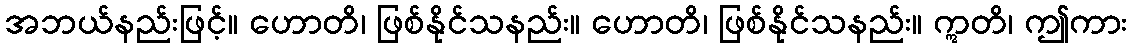
အဘယ်နည်းဖြင့်။ ဟောတိ၊ ဖြစ်နိုင်သနည်း။ ဟောတိ၊ ဖြစ်နိုင်သနည်း။ ဣတိ၊ ဤကား